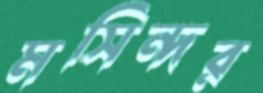
মসিন্দর